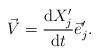
LaTeX: \begin{align*}\begin{aligned} \vec V=\dfrac{{\rm d}X_j'}{{\rm d}t}\vec e_j'. \end{aligned}\end{align*}